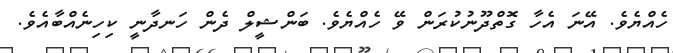
ހެއްޔެވެ. އޭނަ އެހާ ގޮތްދޫނުކުރަން ވޭ ހެއްޔެވެ. ބަންޝީލް ދެން ހަނދާނީ ކިހިނެއްބާއެވެ.